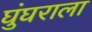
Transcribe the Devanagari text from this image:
घुंघराला